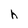
Character: h